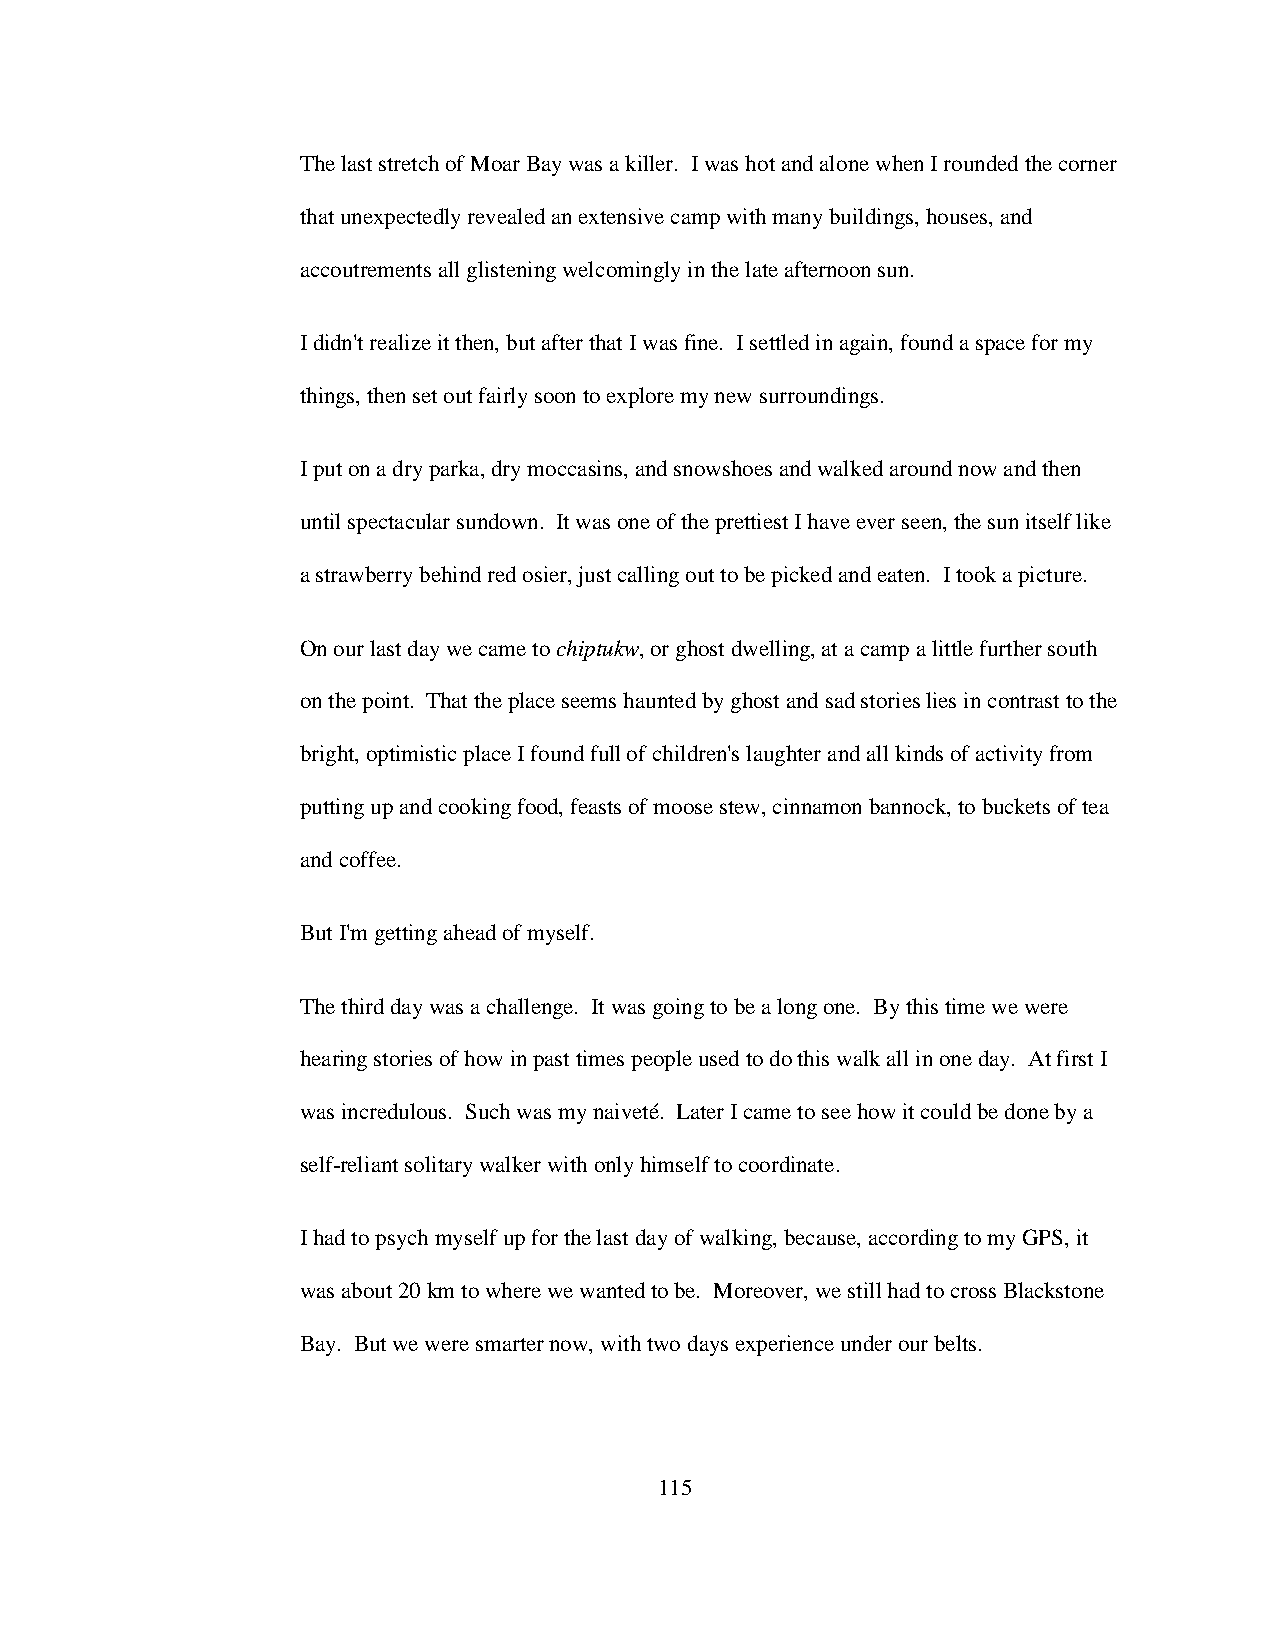
The last stretch of Moar Bay was a killer. I was hot and alone when I rounded the corner
 that unexpectedly revealed an extensive camp with many buildings, houses, and
 accoutrements all glistening welcomingly in the late afternoon sun.
 I didn't realize it then, but after that I was fine. I settled in again, found a space for my
 things, then set out fairly soon to explore my new surroundings.
 I put on a dry parka, dry moccasins, and snowshoes and walked around now and then
 until spectacular sundown. It was one of the prettiest I have ever seen, the sun itself like
 a strawberry behind red osier, just calling out to be picked and eaten. I took a picture.
 On our last day we came to chiptukw, or ghost dwelling, at a camp a little further south
 on the point. That the place seems haunted by ghost and sad stories lies in contrast to the
 bright, optimistic place I found full of children's laughter and all kinds of activity from
 putting up and cooking food, feasts of moose stew, cinnamon bannock, to buckets of tea
 and coffee.
 But I'm getting ahead of myself.
 The third day was a challenge. It was going to be a long one. By this time we were
 hearing stories of how in past times people used to do this walk all in one day. At first I
 was incredulous. Such was my naiveté. Later I came to see how it could be done by a
 self-reliant solitary walker with only himself to coordinate.
 I had to psych myself up for the last day of walking, because, according to my GPS, it
 was about 20 km to where we wanted to be. Moreover, we still had to cross Blackstone
 Bay. But we were smarter now, with two days experience under our belts.
 115